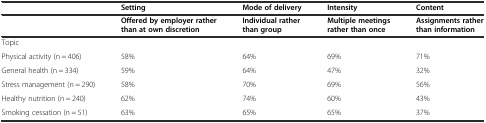
|  | Setting | Mode of delivery | Intensity | Content |
 |  | Offered by employer rather than at own discretion | Individual rather than group | Multiple meetings rather than once | Assignments rather than information |
 | --- | --- | --- | --- | --- |
 | <COLSPAN=5> Topic |
 | Physical activity (n = 406) | 58% | 64% | 69% | 71% |
 | General health (n = 334) | 59% | 64% | 47% | 32% |
 | Stress management (n = 290) | 58% | 70% | 69% | 56% |
 | Healthy nutrition (n = 240) | 62% | 74% | 60% | 43% |
 | Smoking cessation (n = 51) | 63% | 65% | 65% | 37% |